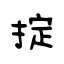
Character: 掟